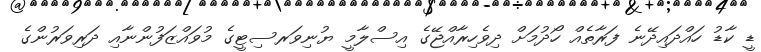
ޑީ ކާޑު ހައްދައިދޭނެ ފަރާތެއް ހޯދުމަށް ދިވެހިރާއްޖޭގެ އިސްލާމީ ޔުނިވަރސިޓީގެ މުވައްޒަފުންނާއި ދަރިވަރުންގެ